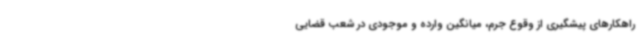
راهکارهای پیشگیری از وقوع جرم، میانگین وارده و موجودی در شعب قضایی